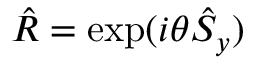
\hat { R } = \exp ( i \theta \hat { S } _ { y } )